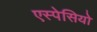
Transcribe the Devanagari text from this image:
एस्पेसियो